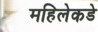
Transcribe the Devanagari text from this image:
महिलेकडे